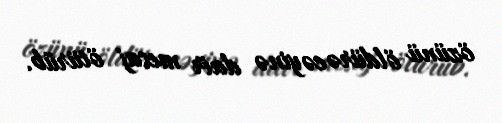
özünü öldürəcəyinə dair mesaj ötürüb.